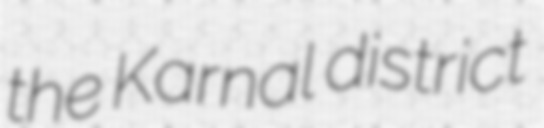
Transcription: the Karnal district